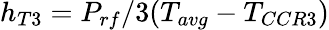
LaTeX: h_{T3}=P_{rf}/3(T_{avg}-T_{CCR3})